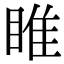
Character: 睢